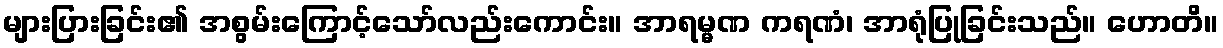
များပြားခြင်း၏ အစွမ်းကြောင့်သော်လည်းကောင်း။ အာရမ္မဏ ကရဏံ၊ အာရုံပြုခြင်းသည်။ ဟောတိ။